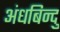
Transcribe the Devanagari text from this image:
अंधबिन्दु